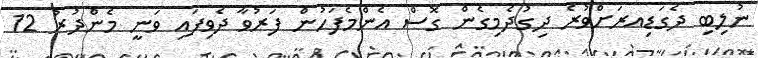
ނުލިބި ދެގަޑިއރަށްވުރެ ދިގުދެމިގެން ގޮސް އެންމެފަހުން ފަރުވާ ދެވިފައި ވަނީ މެންދުރު 12